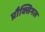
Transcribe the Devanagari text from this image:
प्रौक्सिमल